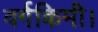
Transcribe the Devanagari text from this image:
वर्गकिमी।